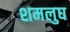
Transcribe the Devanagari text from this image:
शमलुघ